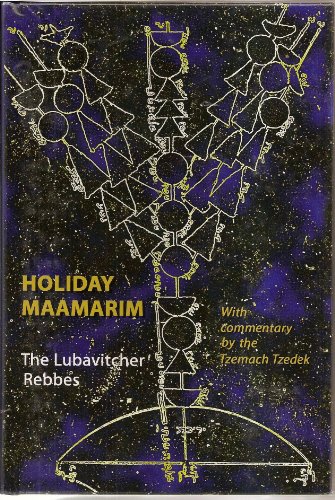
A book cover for Holiday Maamarim; Menachem M. Schneerson; Religion & Spirituality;